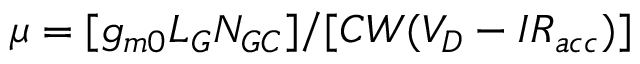
\mu = [ g _ { m 0 } L _ { G } N _ { G C } ] / [ C W ( V _ { D } - I R _ { a c c } ) ]